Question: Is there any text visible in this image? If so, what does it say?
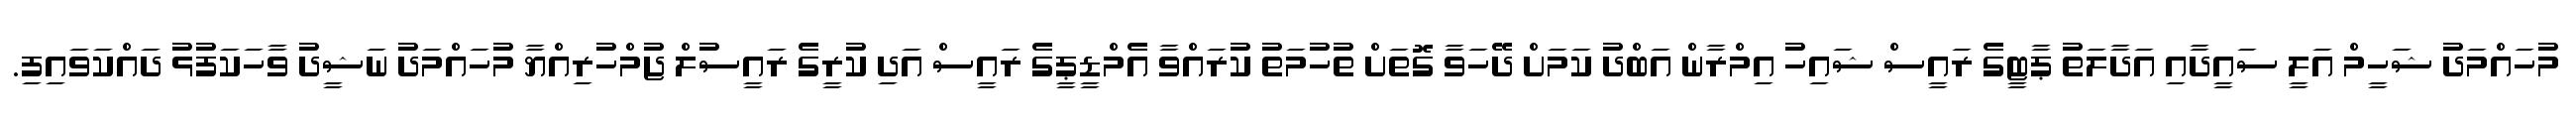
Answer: މުހައްމަދު ޝަހީމް އަލީ ސައީދާއި އަދާލަތު ޕާޓީގެ ރައީސް ޝައިހު އިމްރާން އަބްދު ކަމަށް ދޭހަވާ ގޮތަށް ތުހުމަތު ކުރައްވާ އެމްޑީޕީގެ ރައީސް އަދި ކުރީގެ ރައީސުލް ޖުމްހުރިއްޔާ މުހައްމަދު ނަޝީދު ވާހަކަފުޅު ދައްކަވައިފި.